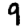
Digit: 9